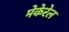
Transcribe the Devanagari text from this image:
मेकेरेल